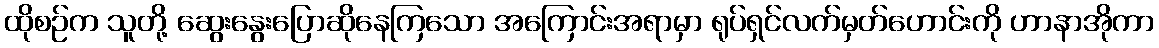
ထိုစဉ်က သူတို့ ဆွေးနွေးပြောဆိုနေကြသော အကြောင်းအရာမှာ ရုပ်ရှင်လက်မှတ်ဟောင်းကို ဟာနာအိုကာ